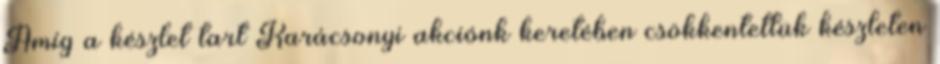
Amíg a készlet tart Karácsonyi akciónk keretében csökkentettük készleten